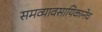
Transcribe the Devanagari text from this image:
समव्यावसायिकानेच